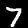
Label: 7